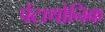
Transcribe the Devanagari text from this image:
पेंटाथोनिक